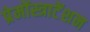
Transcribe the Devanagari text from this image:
प्रेमोंस्त्राटेंशन